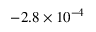
- 2 . 8 \times 1 0 ^ { - 4 }